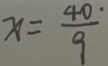
x = \frac { 4 0 . } { 9 }